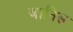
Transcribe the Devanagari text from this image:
जानिस